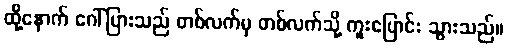
ထို့နောက် ဂေါ်ပြားသည် တစ်လက်မှ တစ်လက်သို့ ကူးပြောင်း သွားသည်။